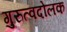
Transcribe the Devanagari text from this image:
गुरुत्वदोलक